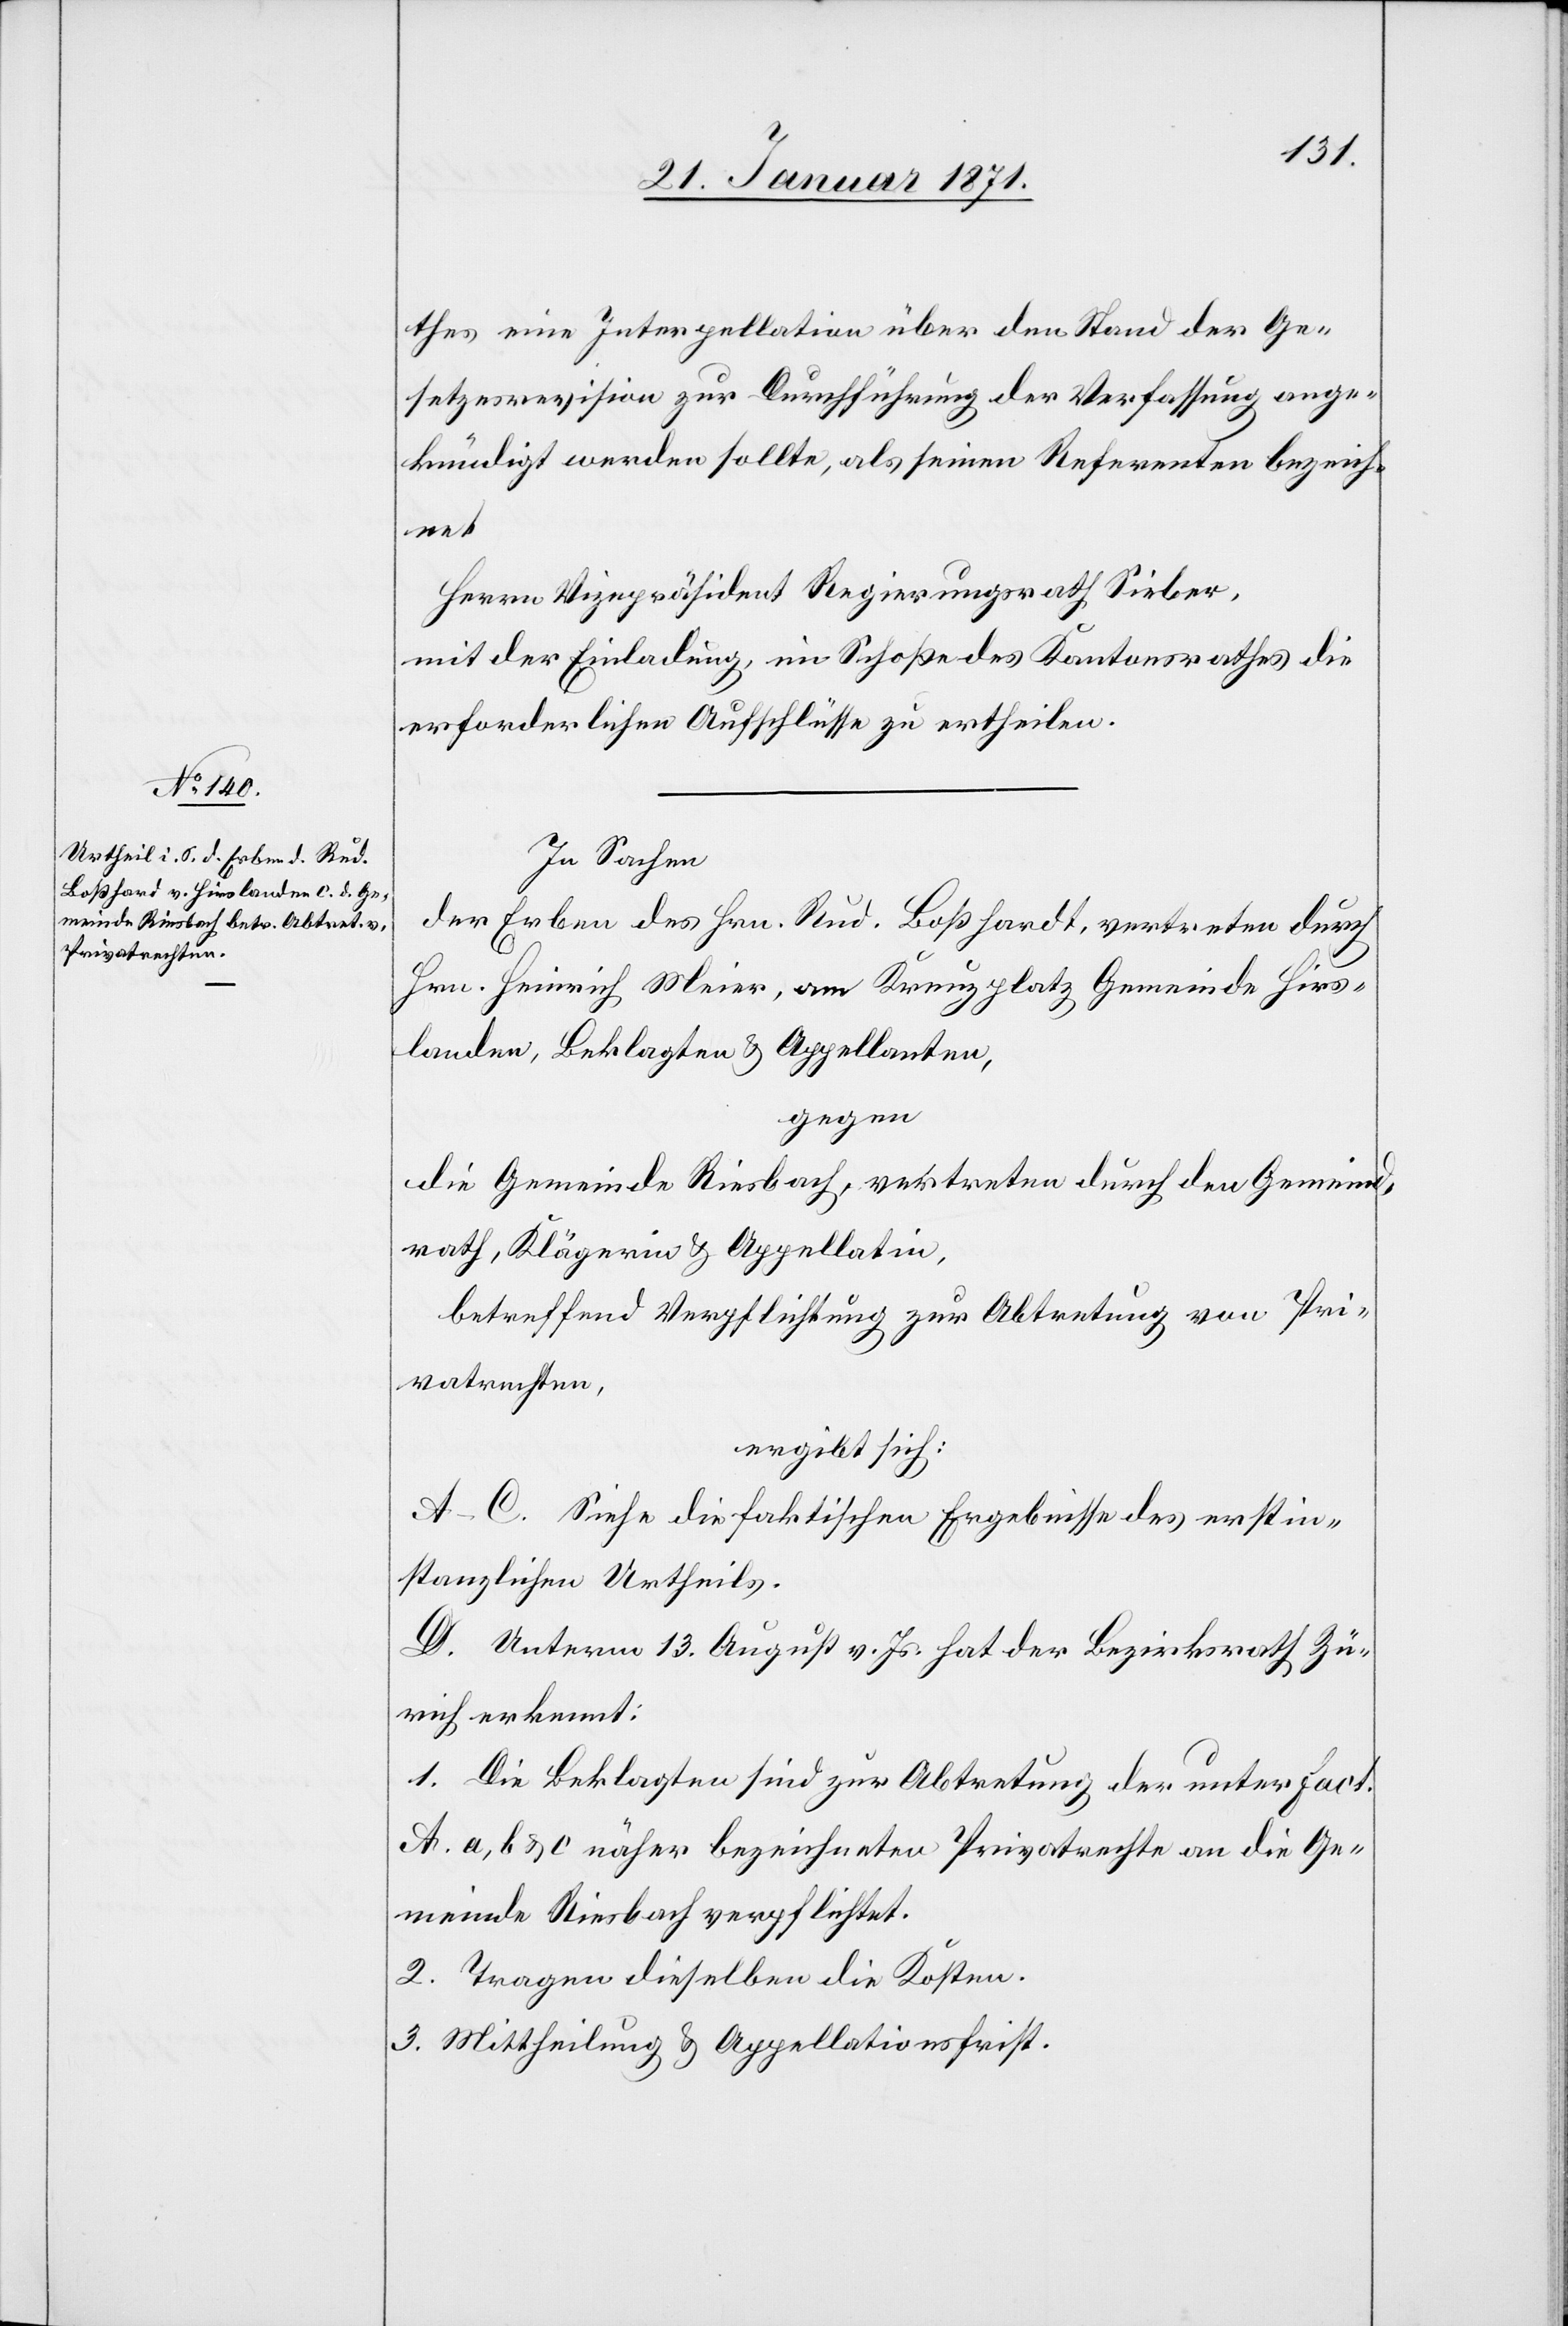
thes eine Interpellation über den Stand der Ge¬
setzesrevision zur Durchführung der Verfassung ange¬
kündigt werden sollte, als seinen Referenten bezeich¬
net
Herrn Vizepräsident Regierungsrath Sieber,
mit der Einladung, im Schoße des Kantonsrathes die
erforderlichen Aufschlüsse zu ertheilen.
In Sachen
der Erben des Hrn. Rud. Boßhardt [sic!], vertreten durch
Hrn. Heinrich Meier, am Kreuzplatz Gemeinde Hirs¬
landen, Beklagten u. Appellanten,
gegen
die Gemeinde Riesbach, vertreten durch den Gemeind¬
rath, Klägerin u. Appelatin,
betreffend Verpflichtung zur Abtretung von Pri¬
vatrechten,
ergibt sich:
A.-C. Siehe die faktischen Ergebnisse des erstin¬
stanzlichen Urtheils.
D. Unterm 13. August v. Js. hat der Bezirksrath Zü¬
rich erkennt:
1. Die Beklagten sind zur Abtretung der unter fact.
A. a, b, u. c näher bezeichneten Privatrechte an die Ge¬
meinde Riesbach verpflichtet.
2. Tragen dieselben die Kosten.
3. Mittheilung u. Appellationsfrist.